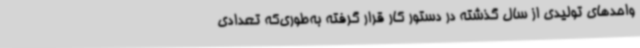
واحدهای تولیدی از سال گذشته در دستور کار قرار گرفته به‌طوری‌که تعدادی